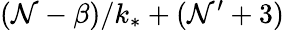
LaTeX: (\mathcal{N}-\beta)/k_{*}+(\mathcal{N}^{\prime}+3)